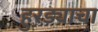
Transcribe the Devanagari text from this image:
हुरड्याचा